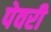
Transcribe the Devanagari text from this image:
पेवरी